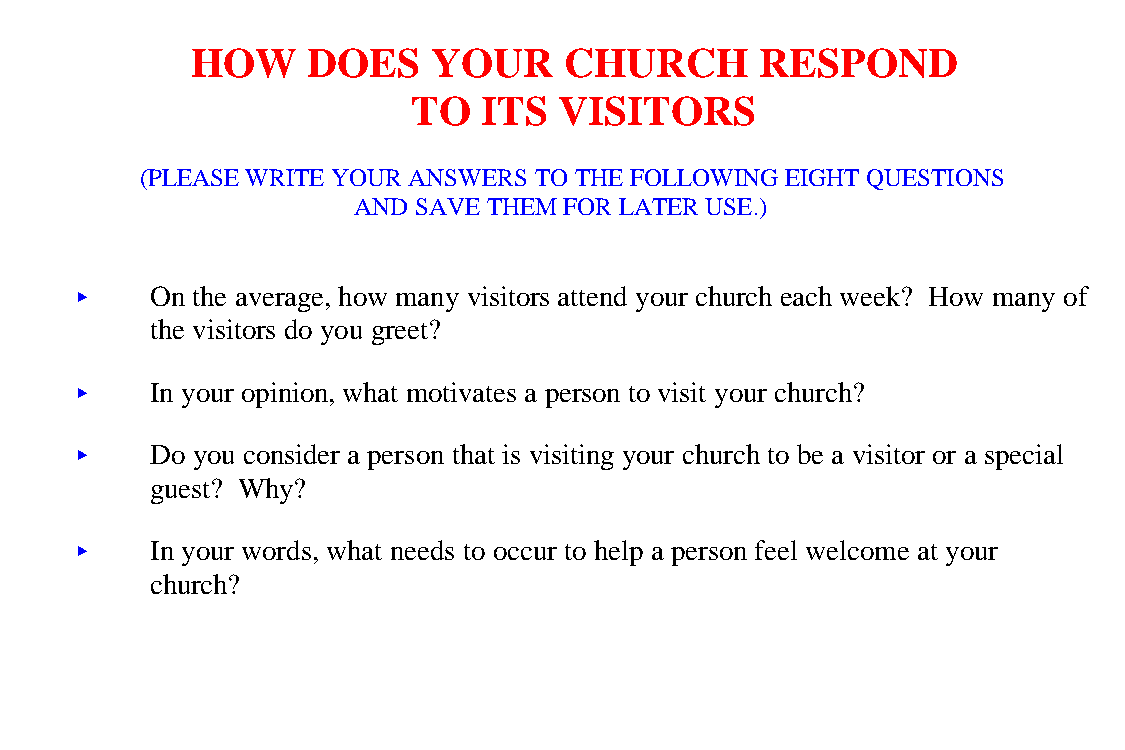
HOW    DOES     YOUR    CHURCH       RESPOND
 TO   ITS  VISITORS
 (PLEASE WRITE YOUR ANSWERS TO THE FOLLOWING EIGHT QUESTIONS
 AND SAVE THEM FOR LATER USE.)
 <<   On the average, how many visitors attend your church each week? How many of
 the visitors do you greet?
 <<   In your opinion, what motivates a person to visit your church?
 <<   Do you consider a person that is visiting your church to be a visitor or a special
 guest? Why?
 <<   In your words, what needs to occur to help a person feel welcome at your
 church?